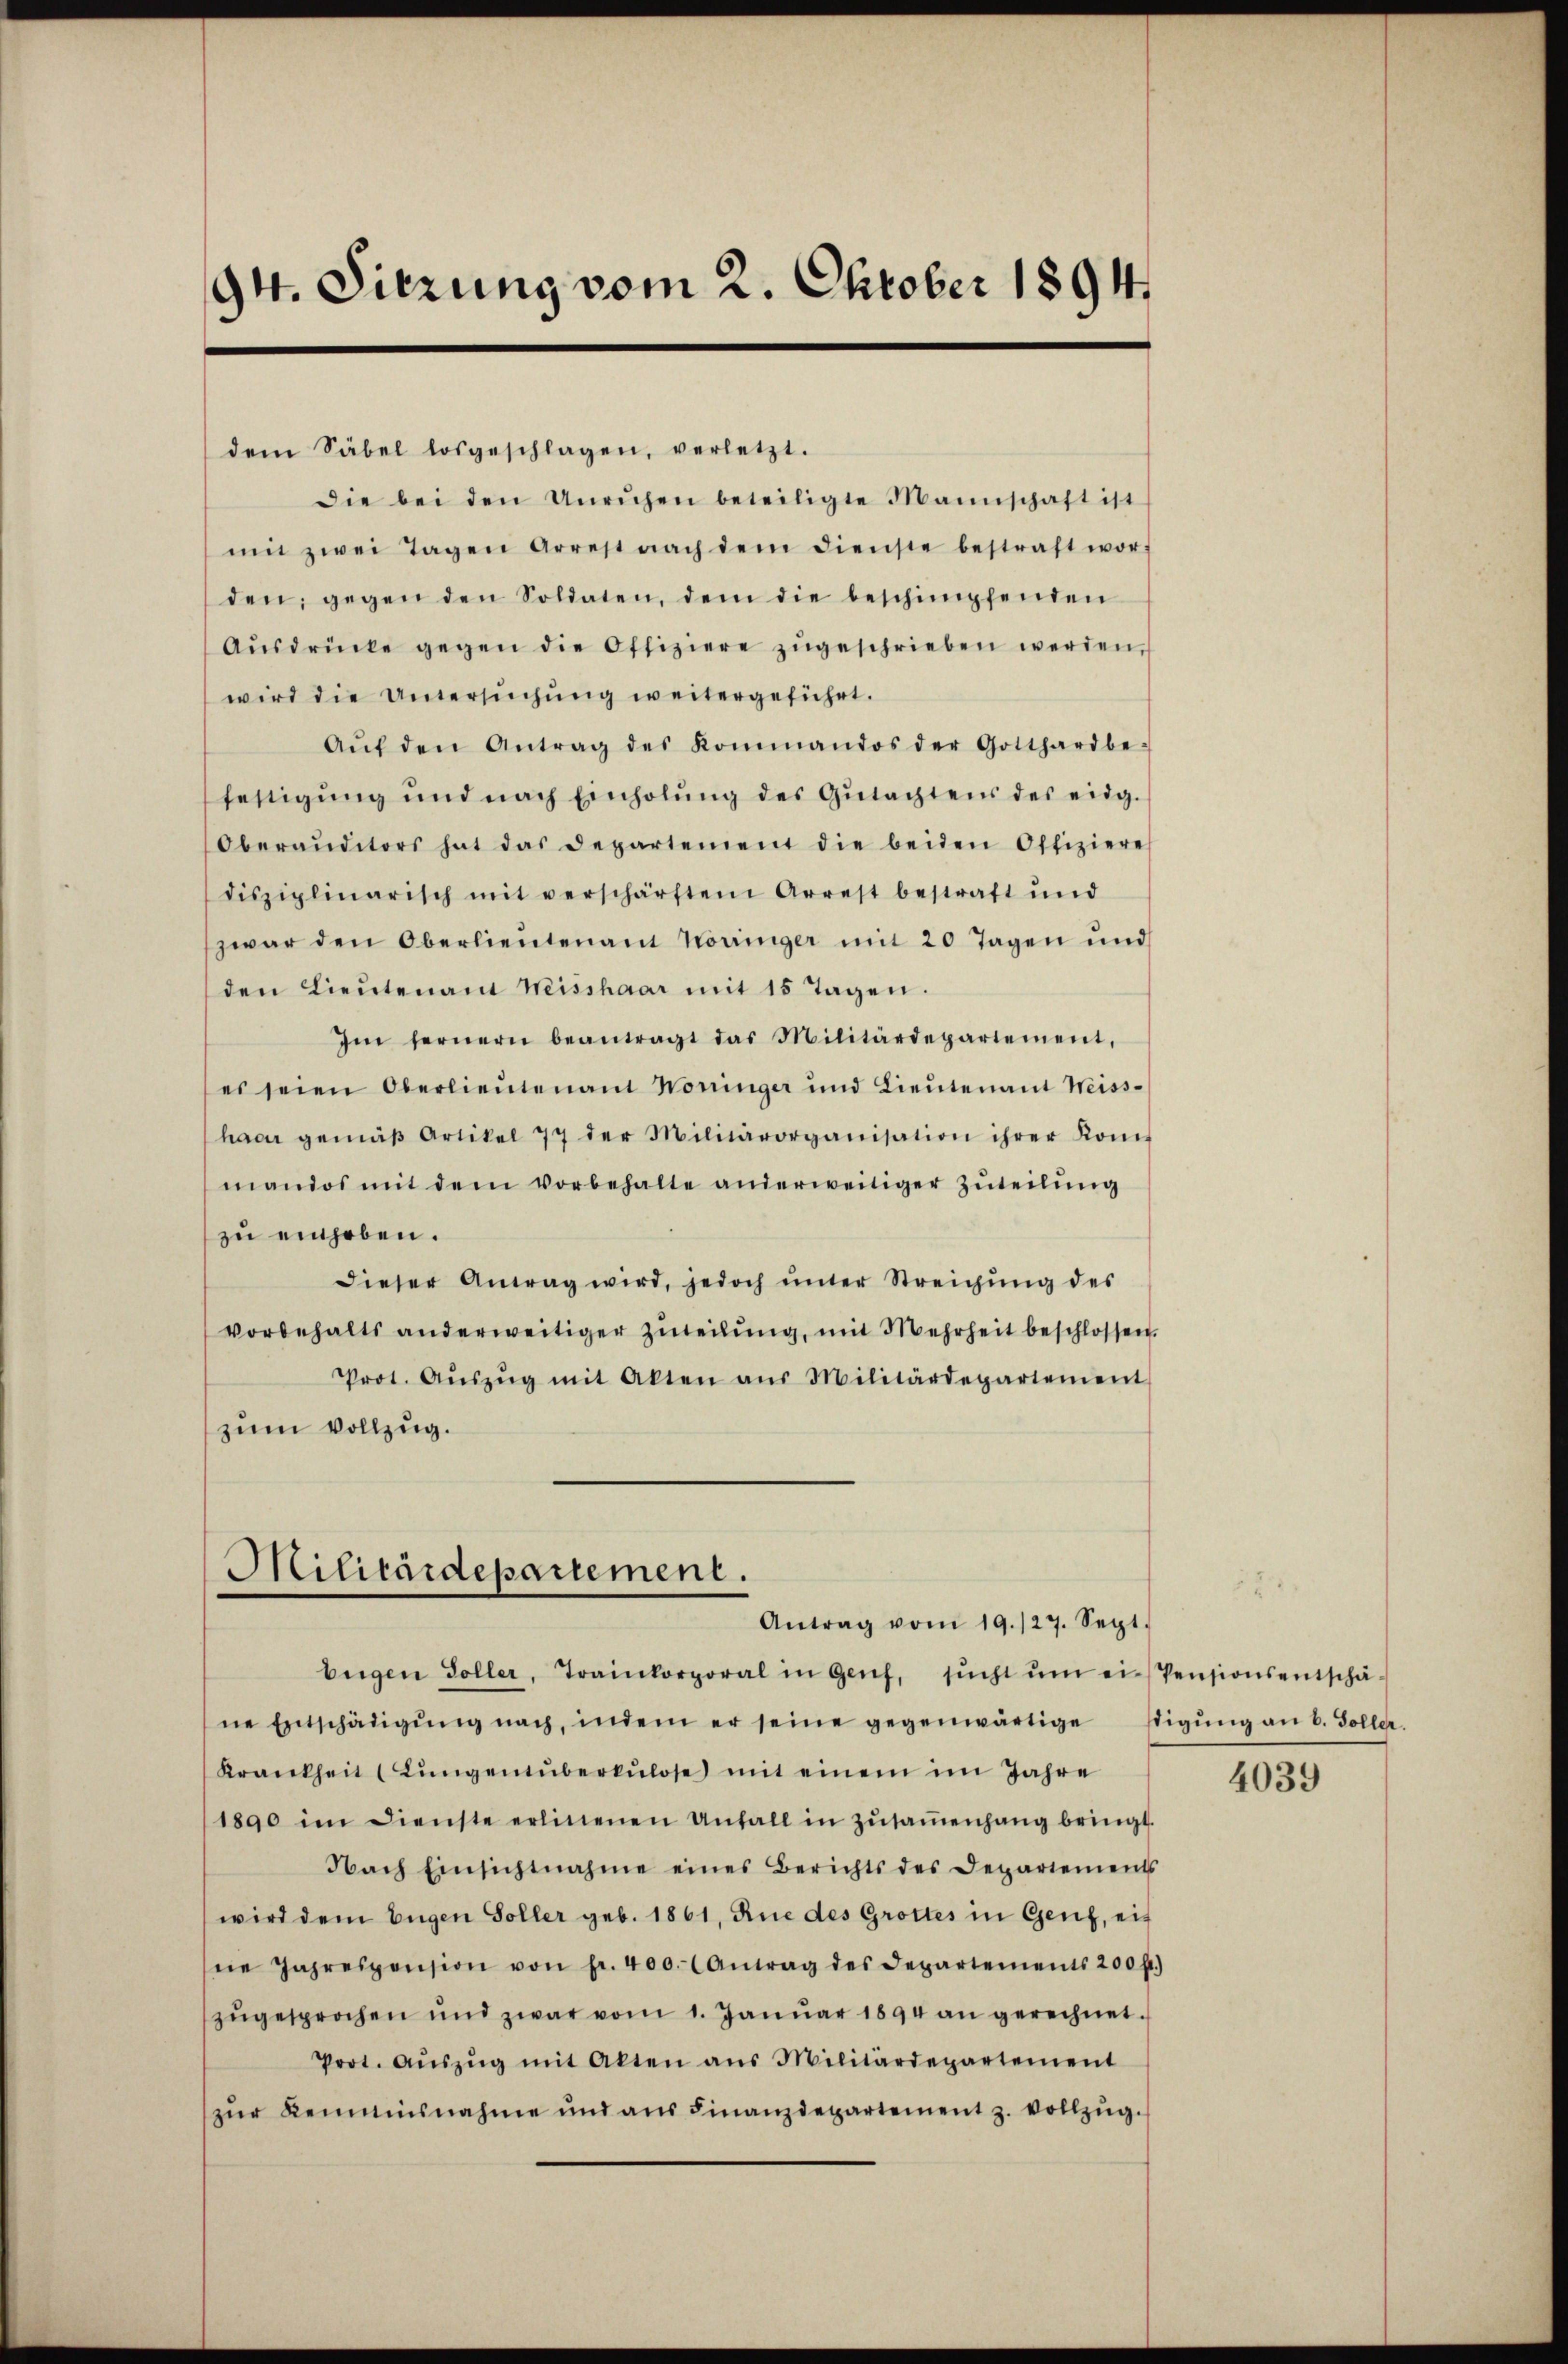
94. Sitzung vom 2. Oktober 1894.

dem Säbel losgeschlagen, verletzt.
Die bei den Unruhen beteiligte Mannschaft ist
mit zwei Tagen Arrest nach dem dienste bestraft wor-
den, gegen den Soldaten, dem die beschimpfenden
Aŭsdrücke gegen die Offiziere zŭgeschrieben werden,
wird die Untersŭchŭng weitergeführt.
Aŭf den Antrag des Kommandos der Gotthardbe-
festigŭng ŭnd nach Einholŭng des Gŭtachtens des eidg.
Oberauditors hat das Departement die beiden Offiziere
disziplinarisch mit verschärften Arrest bestraft und
zwar den Oberlieutenant Korringer mit 20 Tagen und
den Lieŭtenamt Meisshaar mit 15 Tagen.
Im fernern beantragt das Militärdepartement,
es seien Oberlieŭtenant Worringer und Lieŭtenant Weiss-
haar gemäβ Artikel 77 der Militärorganisation ihrer Komit
manios mit dem vorbehalte anderweitiger Zuteilung
zu einhoben.
dieser Antrag wird, jedoch ŭnter Streichŭng des
vorbehalts anderweitiger Zuteilung, mit Mehrheit beschlossen,
Prot. Aŭszŭg mit Akten aŭs Militärdepartement
zum Vollzug.

Militärdepartement.
Antrag vom 19./27. Sept.

bügen Soller, Trainkorporal in Genf, sŭcht ŭm ein Pensionsentschä-
ne Entschädigŭng nach, indem er seine gegenwärtige Eigŭng an b. Soller.
Krankheit (Lungenüberkulose mit einem im Jahre
1890 im Dienste erlinenen Unfall in Zŭsaṁenhang bringt.
Nach Einsichtnahme eines Berichts des Departements
wird dem Eigen Soller geb. 1861, Rue des Grottes in Genf, eif
ne Jahrespension von fr. 400. (Antrag des Departements 200 fl.)
zŭgesprochen und zwar vom 1. Janŭar 1894 an gerechnet.
Prot. Aŭszŭg mit Akten aus Militärdepartement
zŭr Kemnisnahme und ans Finanzdepartement z. vollzŭg.

4039